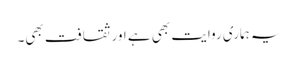
یہ ہماری روایت بھی ہے اور ثقافت بھی۔